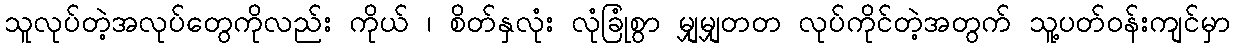
သူလုပ်တဲ့အလုပ်တွေကိုလည်း ကိုယ် ၊ စိတ်နှလုံး လုံခြုံစွာ မျှမျှတတ လုပ်ကိုင်တဲ့အတွက် သူ့ပတ်ဝန်းကျင်မှာ